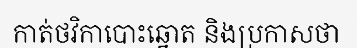
កាត់ថវិកាបោះឆ្នោត និងប្រកាសថា